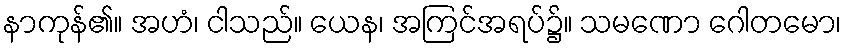
နာကုန်၏။ အဟံ၊ ငါသည်။ ယေန၊ အကြင်အရပ်၌။ သမဏော ဂေါတမော၊